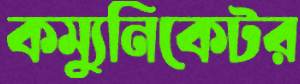
কম্যুনিকেটর